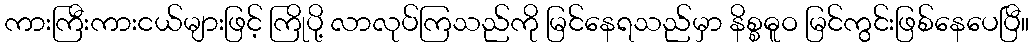
ကားကြီးကားငယ်များဖြင့် ကြိုပို့ လာလုပ်ကြသည်ကို မြင်နေရသည်မှာ နိစ္စဓူဝ မြင်ကွင်းဖြစ်နေပေပြီ။